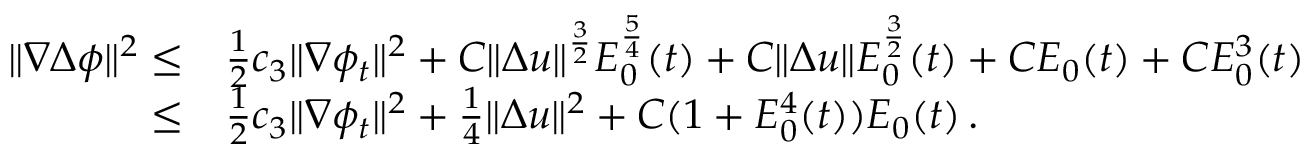
\begin{array} { r l } { \| \nabla \Delta \phi \| ^ { 2 } \leq } & { \frac { 1 } { 2 } c _ { 3 } \| \nabla \phi _ { t } \| ^ { 2 } + C \| \Delta u \| ^ { \frac { 3 } { 2 } } E _ { 0 } ^ { \frac { 5 } { 4 } } ( t ) + C \| \Delta u \| E _ { 0 } ^ { \frac { 3 } { 2 } } ( t ) + C E _ { 0 } ( t ) + C E _ { 0 } ^ { 3 } ( t ) } \\ { \leq } & { \frac { 1 } { 2 } c _ { 3 } \| \nabla \phi _ { t } \| ^ { 2 } + \frac { 1 } { 4 } \| \Delta u \| ^ { 2 } + C ( 1 + E _ { 0 } ^ { 4 } ( t ) ) E _ { 0 } ( t ) \, . } \end{array}